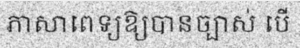
ភាសាពេទ្យឱ្យបានច្បាស់ បើ